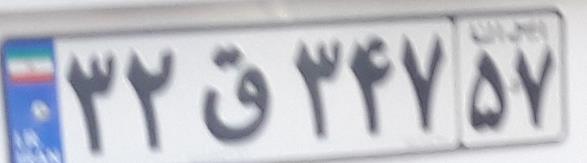
۳۲ق۳۴۷۵۷